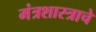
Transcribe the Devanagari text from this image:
मंत्रशास्त्राचे